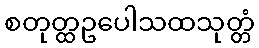
စတုတ္ထဥပေါသထသုတ္တံ